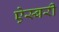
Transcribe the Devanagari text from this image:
ऐस्बरी